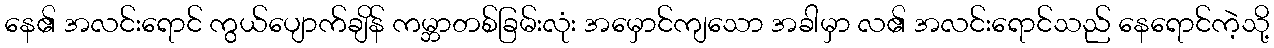
နေ၏ အလင်းရောင် ကွယ်ပျောက်ချိန် ကမ္ဘာတစ်ခြမ်းလုံး အမှောင်ကျသော အခါမှာ လ၏ အလင်းရောင်သည် နေရောင်ကဲ့သို့